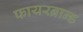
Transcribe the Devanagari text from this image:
फायरब्रान्ड